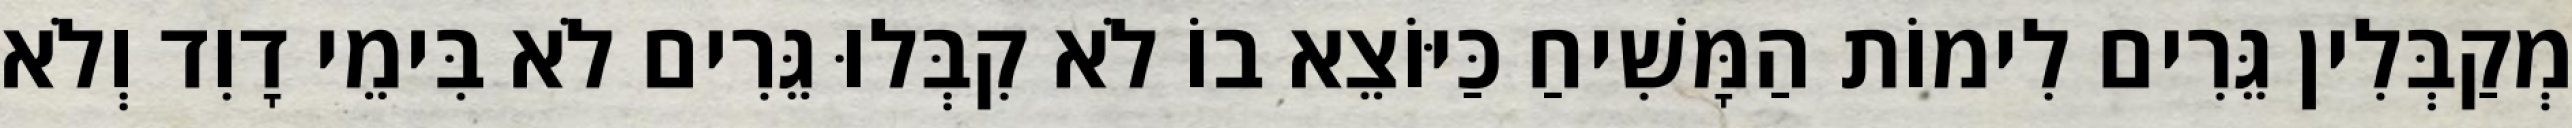
מְקַבְּלִין גֵּרִים לִימוֹת הַמָּשִׁיחַ כַּיּוֹצֵא בוֹ לֹא קִבְּלוּ גֵּרִים לֹא בִּימֵי דָוִד וְלֹא